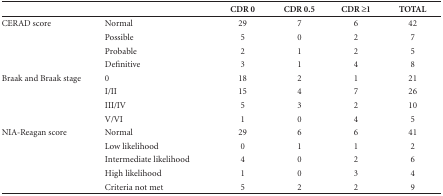
|  |  | CDR 0 | CDR 0.5 | CDR ≥1 | TOTAL |
 | --- | --- | --- | --- | --- | --- |
 | CERAD score | Normal | 29 | 7 | 6 | 42 |
 |  | Possible | 5 | 0 | 2 | 7 |
 |  | Probable | 2 | 1 | 2 | 5 |
 |  | Definitive | 3 | 1 | 4 | 8 |
 | Braak and Braak stage | 0 | 18 | 2 | 1 | 21 |
 |  | I/II | 15 | 4 | 7 | 26 |
 |  | III/IV | 5 | 3 | 2 | 10 |
 |  | V/VI | 1 | 0 | 4 | 5 |
 | NIA-Reagan score | Normal | 29 | 6 | 6 | 41 |
 |  | Low likelihood | 0 | 1 | 1 | 2 |
 |  | Intermediate likelihood | 4 | 0 | 2 | 6 |
 |  | High likelihood | 1 | 0 | 3 | 4 |
 |  | Criteria not met | 5 | 2 | 2 | 9 |